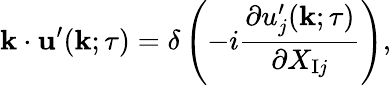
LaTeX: {\mathbf{k}}\cdot{\mathbf{u}}^{\prime}({\mathbf{k}};\tau)=\delta\left({-i\frac{\partial u_{j}^{\prime}({\mathbf{k}};\tau)}{\partial X_{\mathrm{{I}}j}}}\right),